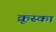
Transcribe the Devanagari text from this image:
क्रूस्का